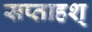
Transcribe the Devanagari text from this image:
सप्ताहश्